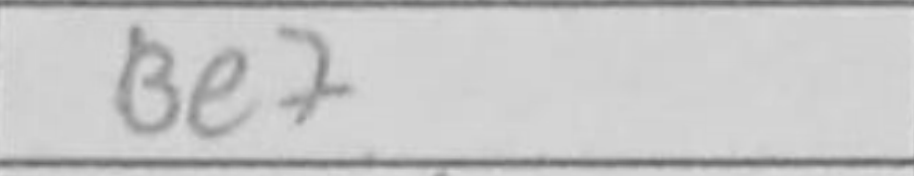
Transcription: Be7